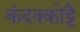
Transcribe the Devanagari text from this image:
कंदक्कोट्टै